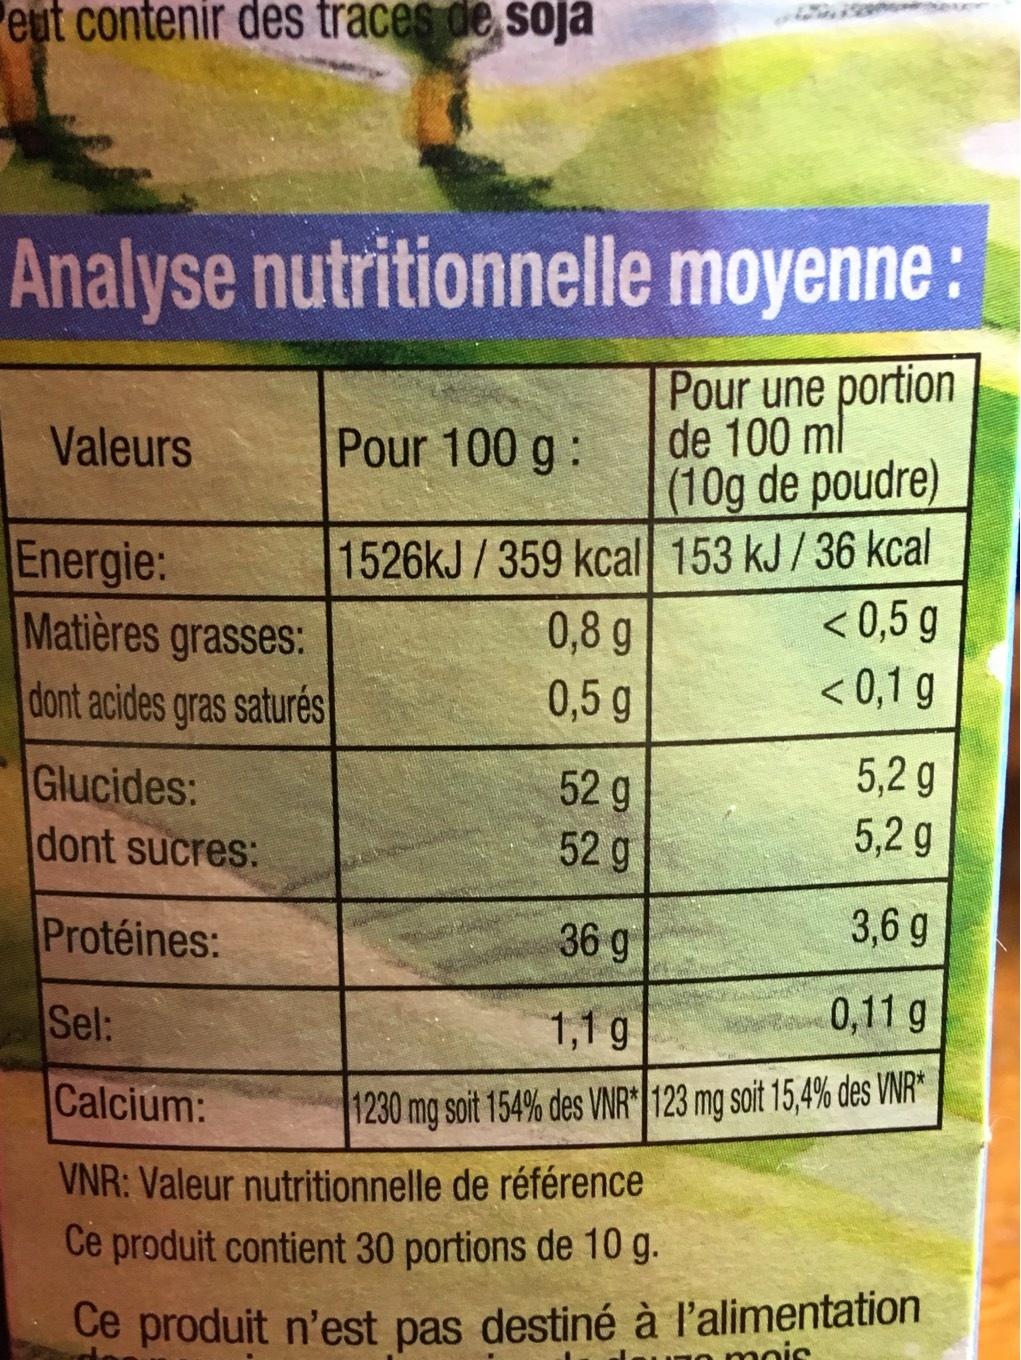
Peut contenir des traces de soja
Analyse nutritionnelle moyenne :
Pour une portion
de 100 ml
(10g de poudre)
153 kJ/ 36 kcal
Valeurs
Energie:
Matières grasses:
dont acides gras saturés
Glucides:
dont sucres:
Pour 100 g:
1526kJ/359 kcal
0,8 g
0,5 g
<0,5 g
< 0,1 g
52 g
52 g
5,2 g
5,2 g
3,6 g
36 g
0,11 g
1,1 g
1230 mg soit 154% des VNR* 123 mg soit 15,4% des VNR*
Protéines:
Sel:
Calcium:
VNR: Valeur nutritionnelle de référence
Ce produit contient 30 portions de 10 g.
Ce produit n'est pas destiné à l'alimentation
mois